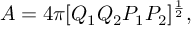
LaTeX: A = 4 \pi [ Q _ { 1 } Q _ { 2 } P _ { 1 } P _ { 2 } ] ^ { \frac { 1 } { 2 } } ,